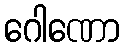
ဂေါဏော